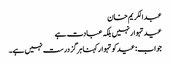
عبدالکریم خان
عید تہوار نہیں بلکہ عبادت ہے
جواب: عیدکو تہوار کہنا ہرگز درست نہیں ہے۔